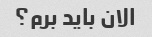
الان باید برم؟